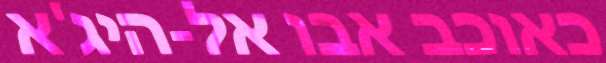
כאוכב אבו אל-היג'א